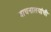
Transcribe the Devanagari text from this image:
वाचनालयांची